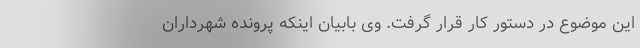
این موضوع در دستور کار قرار گرفت. وی بابیان اینکه پرونده شهرداران